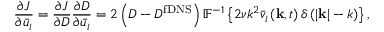
\frac { { \partial J } } { { \partial { { \bar { u } } _ { i } } } } = \frac { { \partial J } } { { \partial { D } } } \frac { { \partial { D } } } { { \partial { { \bar { u } } _ { i } } } } = 2 \left( { { D } - D ^ { \mathrm { { f D N S } } } } \right) { \mathbb { F } ^ { - 1 } } \left\{ 2 \nu { { k ^ { 2 } } { { \bar { v } } _ { i } } \left( { { \bf { k } } , t } \right) \delta \left( { \left| { \bf { k } } \right| - k } \right) } \right\} ,